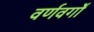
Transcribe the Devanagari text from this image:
वर्णवर्गों